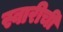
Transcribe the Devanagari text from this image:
स्वारीची